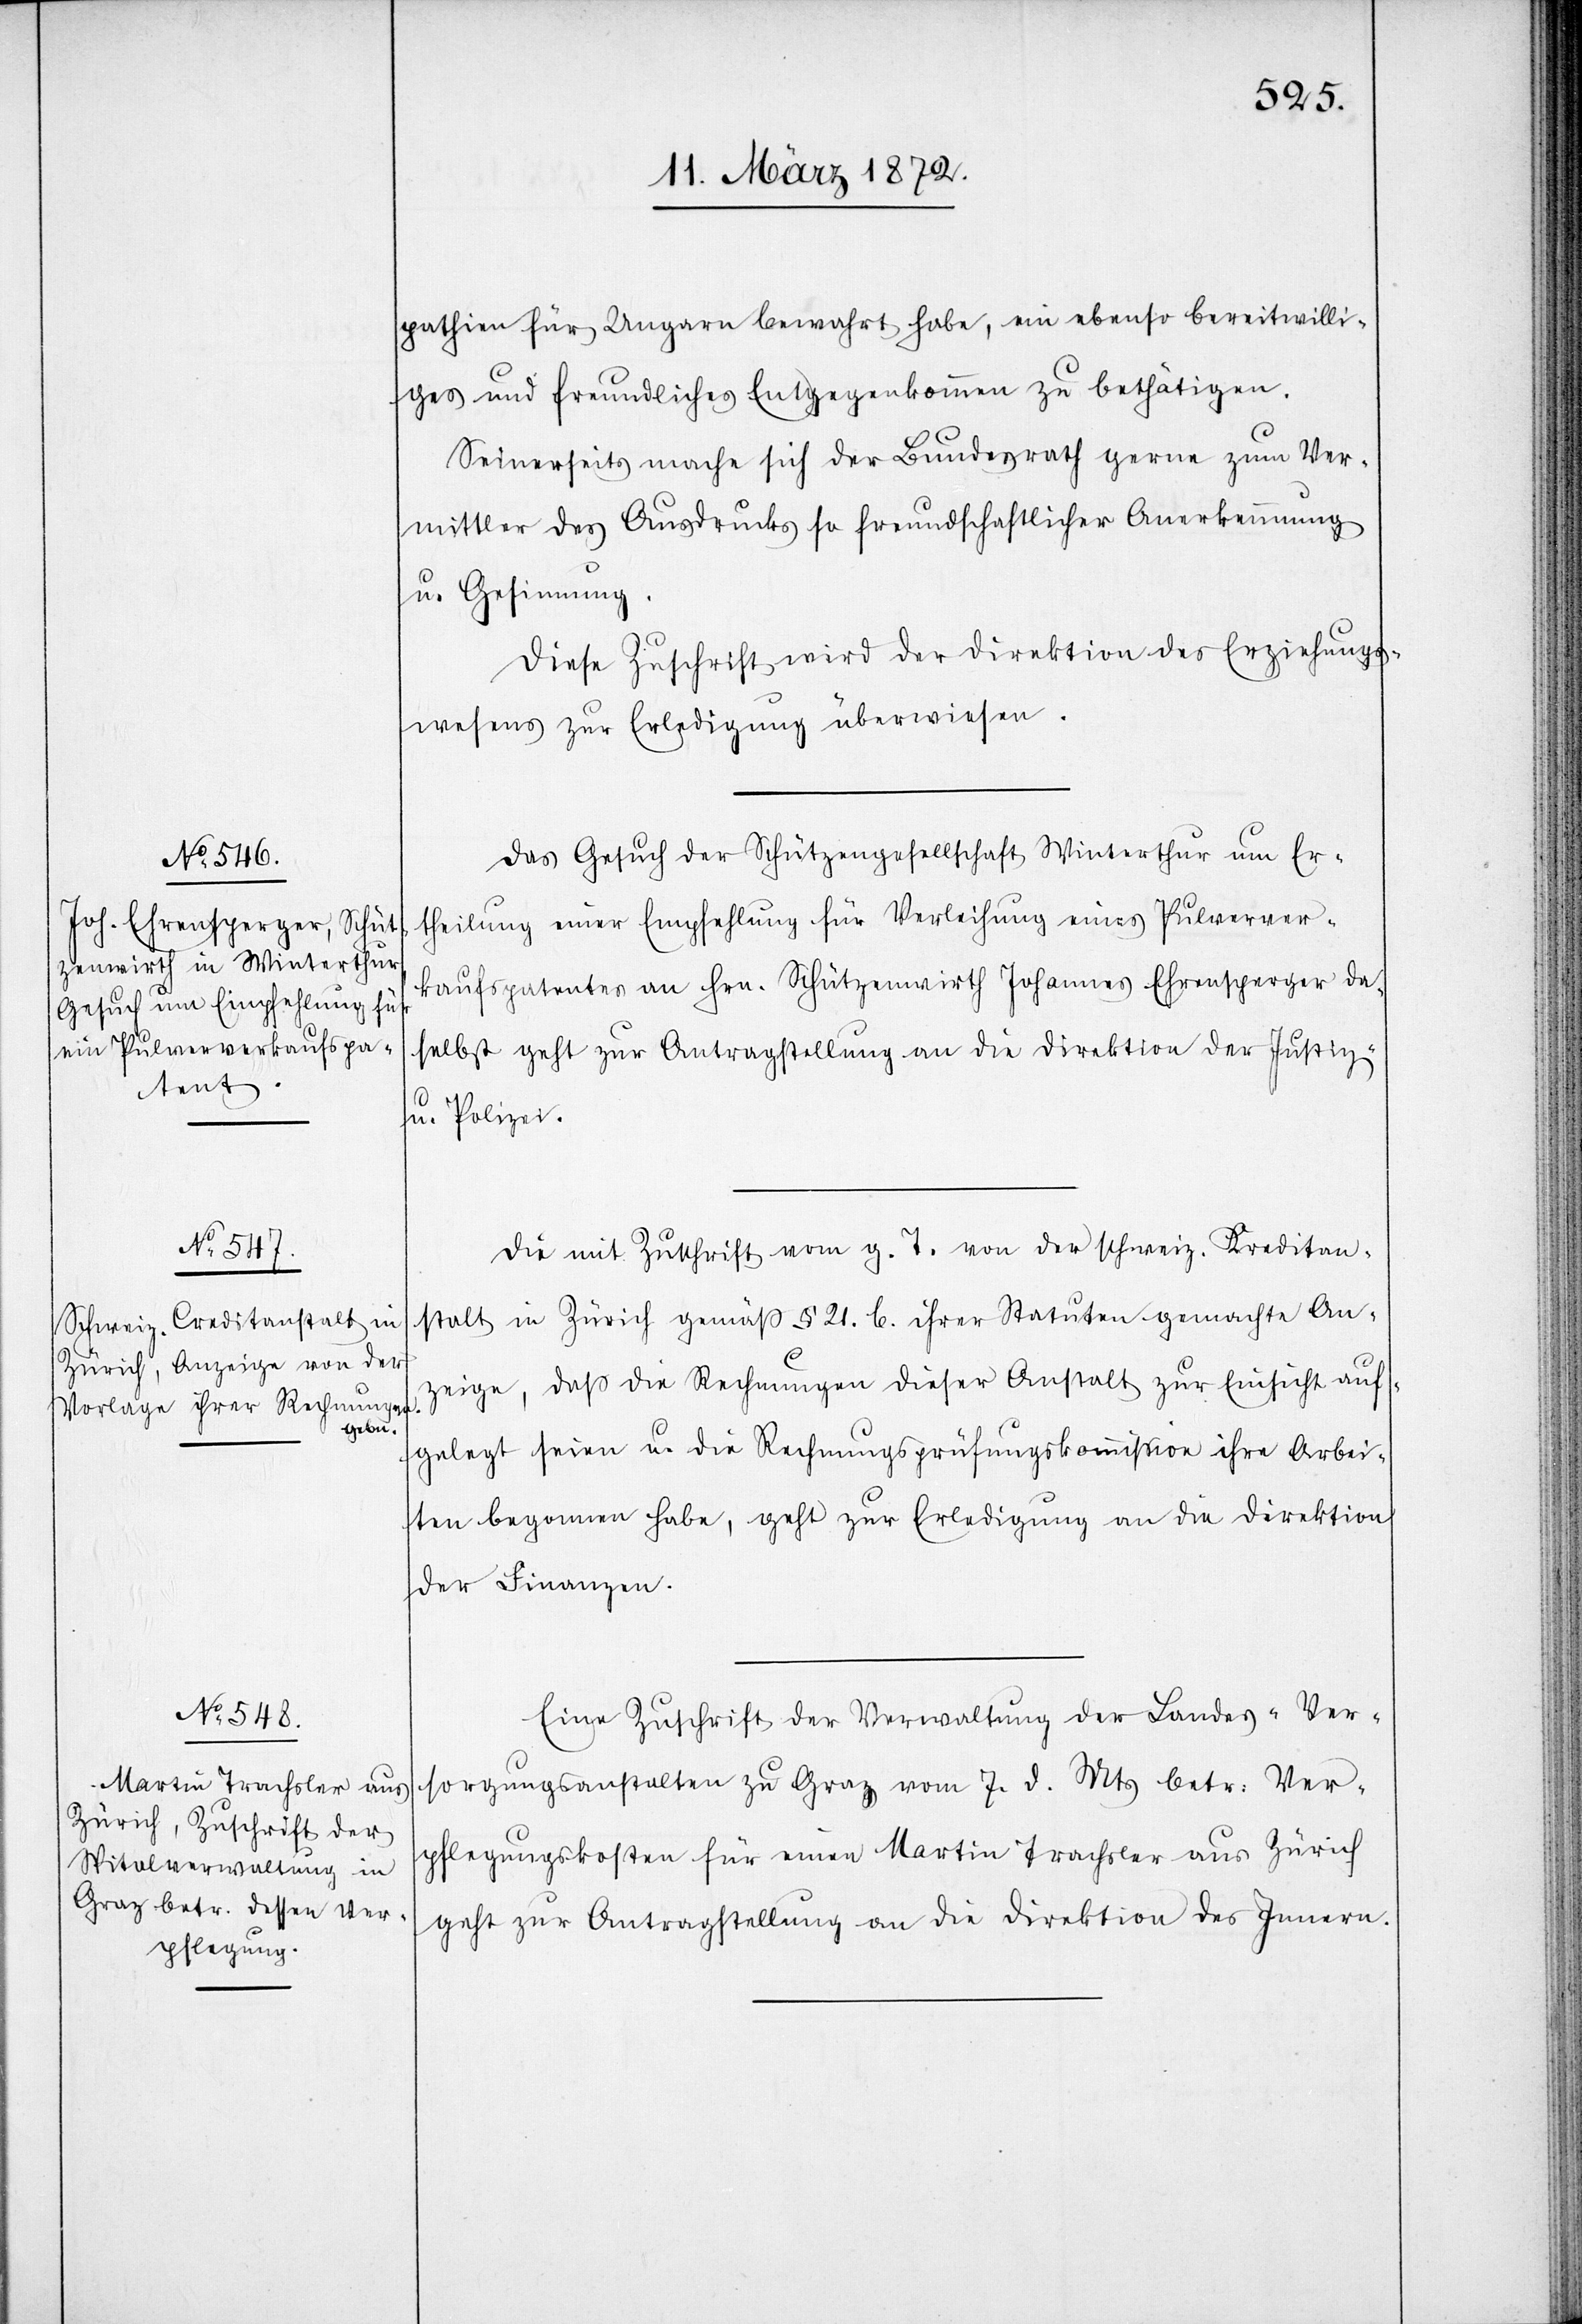
pathien für Ungarn bewahrt habe, ein ebenso bereitwilli¬
ges und freundliches Entgegenkommen zu bestätigen.
Seinerseits mache sich der Bundesrath gerne zum Ver¬
mittler des Ausdrucks so freundschaftlicher Anerkennung
u. Gesinnung.
Diese Zuschrift wird der Direktion des Erziehungs¬
wesens zur Erledigung überwiesen.
Das Gesuch der Schützengesellschaft Winterthur um Er¬
theilung einer Empfehlung für Verleihung eines Pulverver¬
kaufspatentes an Hrn. Schützenwirth Johannes Ehrensperger da¬
selbst geht zur Antragstellung an die Direktion der Justiz-
u. Polizei.
Die mit Zuschrift vom g. T. von der schweiz. Kreditan¬
stalt in Zürich gemäß § 21. b. ihrer Statuten gemachte An¬
zeige, daß die Rechnungen dieser Anstalt zur Einsicht auf¬
gelegt seien u. die Rechnungsprüfungskommission ihre Arbei¬
ten begonnen habe, geht zur Erledigung an die Direktion
der Finanzen.
Eine Zuschrift der Verwaltung der Landes-Ver¬
sorgungsanstalten zu Graz vom 7. d. Mts betr: Ver¬
pflegungskosten für einen Martin Trachsler aus Zürich
geht zur Antragstellung an die Direktion des Innern.